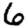
Digit: 6